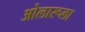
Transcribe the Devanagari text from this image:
ओलारूला